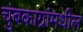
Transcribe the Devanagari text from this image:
चुंबकाग्रांमधील